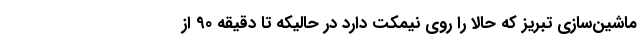
ماشین‌سازی تبریز که حالا را روی نیمکت دارد در حالیکه تا دقیقه 90 از